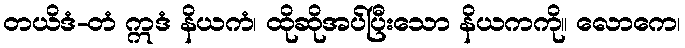
တယိဒံ-တံ ဣဒံ နိယကံ၊ ထိုဆိုအပ်ပြီးသော နိယကကို။ လောကေ၊